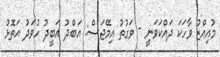
މުއިއްޒު ވާހަކަ ދައްކަވަނީ - ވަގުތު އިމޭޖަސް: އަބްދު އަބީދު ހުވަދު އަތޮޅު